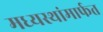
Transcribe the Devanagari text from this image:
मध्यस्थांमार्फत